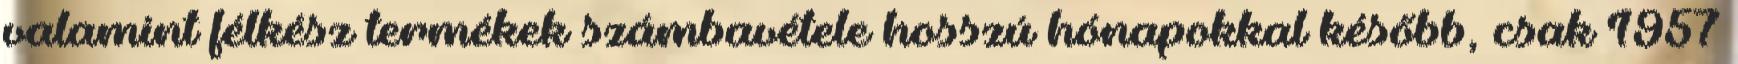
valamint félkész termékek számbavétele hosszú hónapokkal később, csak 1957